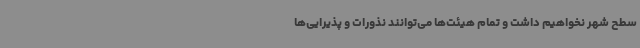
سطح شهر نخواهیم داشت و تمام هیئت‌ها می‌توانند نذورات و پذیرایی‌ها